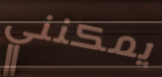
يمكنني